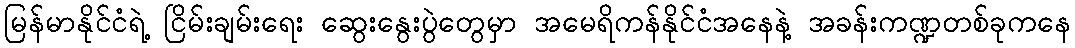
မြန်မာနိုင်ငံရဲ့ ငြိမ်းချမ်းရေး ဆွေးနွေးပွဲတွေမှာ အမေရိကန်နိုင်ငံအနေနဲ့ အခန်းကဏ္ဍတစ်ခုကနေ